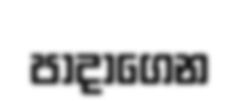
පාදාගෙන